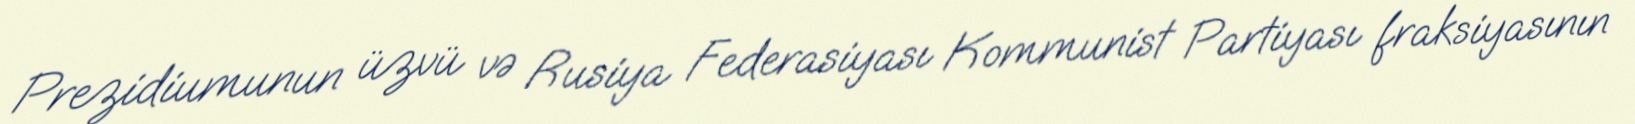
Prezidiumunun üzvü və Rusiya Federasiyası Kommunist Partiyası fraksiyasının